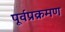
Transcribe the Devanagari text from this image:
पूर्वप्रक्रमण